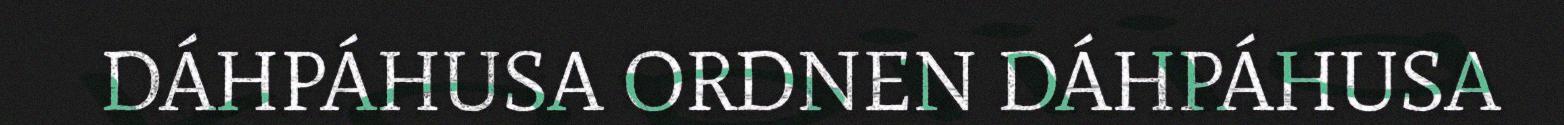
DÁHPÁHUSA ORDNEN DÁHPÁHUSA